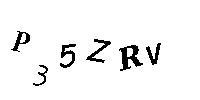
P35ZRV